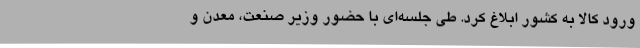
ورود کالا به کشور ابلاغ کرد. طی جلسه‌ای با حضور وزیر صنعت، معدن و